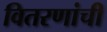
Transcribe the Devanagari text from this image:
वितरणांची